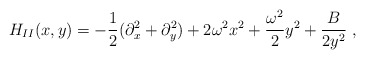
\begin{align*}H_{II}(x,y) = - \frac{1}{2}(\partial^2_x + \partial^2_y) + 2 \omega^2 x^2 +\frac{\omega^2}{2} y^2 + \frac{B}{2 y^2}\ ,\end{align*}